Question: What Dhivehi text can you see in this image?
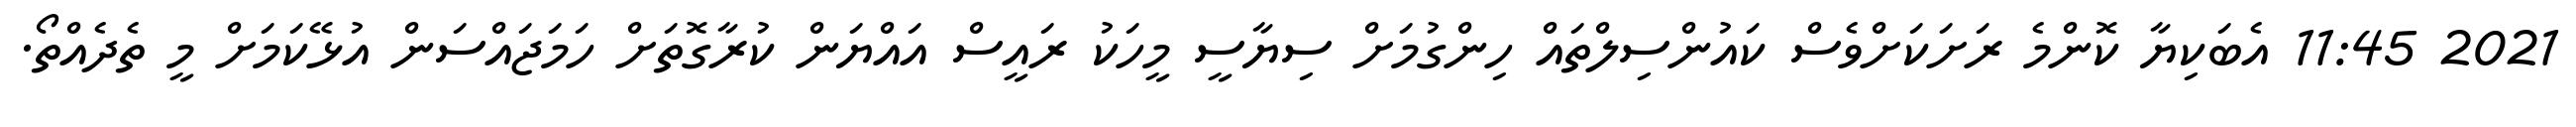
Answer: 2021 11:45 އެބަކިޔާ ކޮންމެ ރަށަކަށްވެސް ކައުންސިލްތައް ހިންގުމަށް ސިޔާސީ މީހަކު ރައީސް އައްޔަން ކުރާގޮތަށް ހަމަޖައްސަން އުޅޭކަމަށް މީ ތެދެއްތޯ.